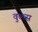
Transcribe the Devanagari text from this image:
वुल्व्स